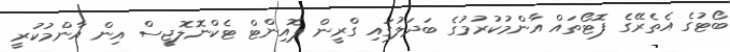
ބޯޓުގެ އެތެރޭގެ ފޮޓޯތައް އާންމުކުރުމުގެ ބަދަލުގައި ގްރީން ޕޮއިންޓް ޓެކްނޮލޮޖީސް އިން އާންމުކުރީ